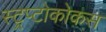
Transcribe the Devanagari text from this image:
स्ट्रप्टोकोकस